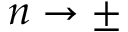
n \rightarrow \pm